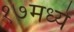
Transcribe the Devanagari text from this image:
१७मध्ये